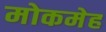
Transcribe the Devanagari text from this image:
मोकमेह